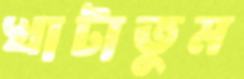
খাটাতুম